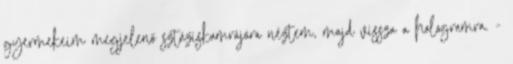
gyermekeim megjelenő sztáziskamrájára néztem, majd vissza a hologramra. -